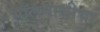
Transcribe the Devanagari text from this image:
गॉलमाशीचा